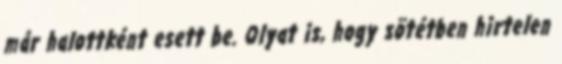
már halottként esett be. Olyat is, hogy sötétben hirtelen